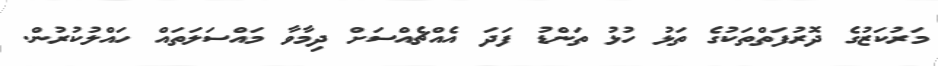
މަރުކަޒުގެ ދޮރުފަތްތަކުގެ ތަޅު ހުޅު ތަންޑު ފަދަ އެއްޗެއްސަށް ދިމާވާ މައްސަލަތައް ހައްލުކުރުން.